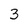
Character: 3